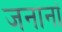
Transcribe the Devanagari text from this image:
जनानां